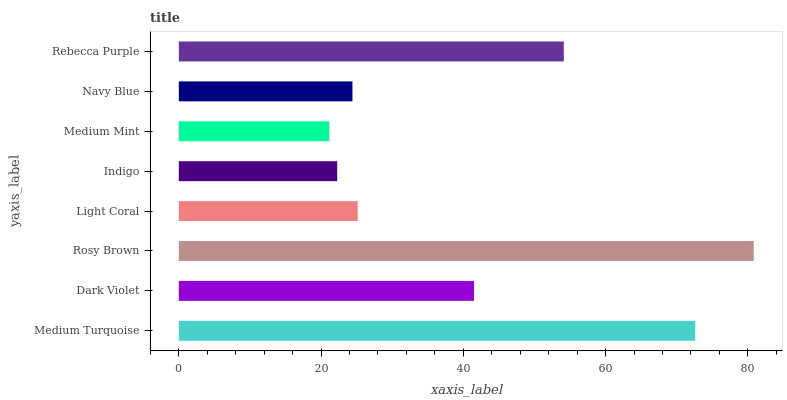
| yaxis_label | bars |
 | --- | --- |
 | Medium Turquoise | 72.6 |
 | Dark Violet | 41.5 |
 | Rosy Brown | 80.8 |
 | Light Coral | 25.2 |
 | Indigo | 22.3 |
 | Medium Mint | 21.2 |
 | Navy Blue | 24.4 |
 | Rebecca Purple | 54.1 |